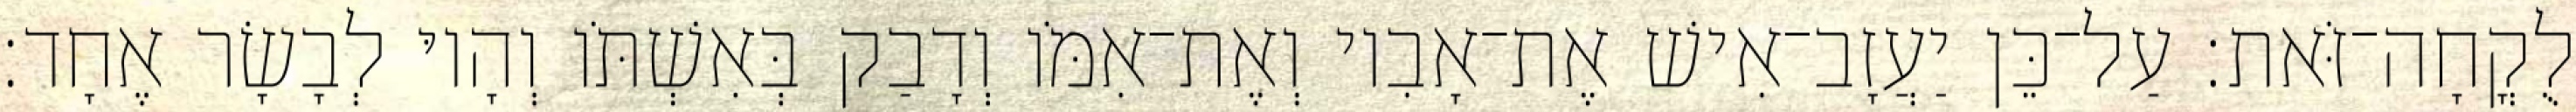
לֻקֳחָה־זֹּאת׃ עַל־כֵּן יַעֲזָב־אִישׁ אֶת־אָבִיו וְאֶת־אִמֹּו וְדָבַק בְּאִשְׁתֹּו וְהָיוּ לְבָשָׂר אֶחָד׃